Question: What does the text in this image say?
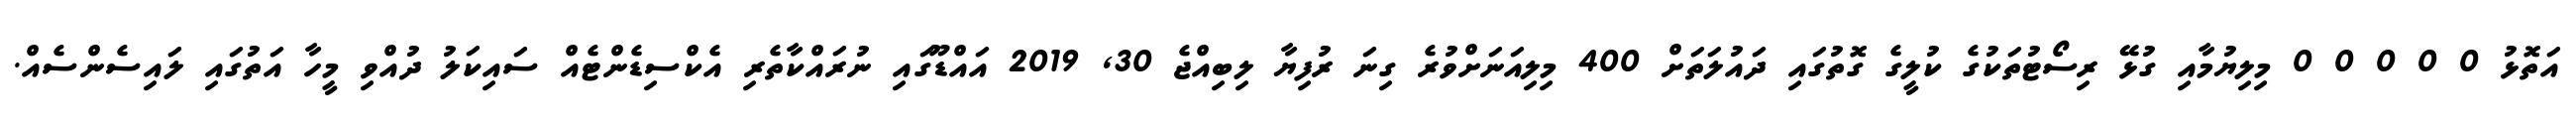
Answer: އަތޮޅު 0 0 0 0 0 މިލިޔުމާއި ގުޅޭ ރިސޯޓުތަކުގެ ކުލީގެ ގޮތުގައި ދައުލަތަށް 400 މިލިއަނަށްވުރެ ގިނަ ރުފިޔާ ލިބިއްޖެ 30, 2019 އައްޑޫގައި ނުރައްކާތެރި އެކްސިޑެންޓެއް ސައިކަލު ދުއްވި މީހާ އަތުގައި ލައިސެންސެއް.